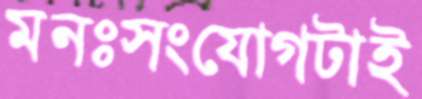
মনঃসংযোগটাই